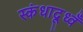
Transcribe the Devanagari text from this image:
स्कंधादूध्वँ